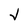
Character: V